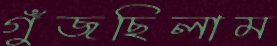
গুঁজছিলাম